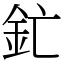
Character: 釯